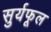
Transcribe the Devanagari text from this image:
सुर्यफूल